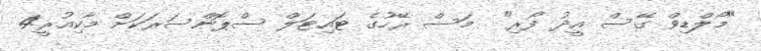
"މޯލްޑިވް ގޭސް އީދު ފޯރި"  މަސް ރޭހުގެ ޓައިޓަލް ސްޕޮންސަރަކަށް މާކިއުރީ4